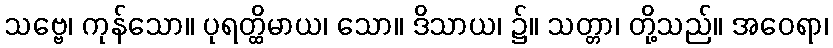
သဗ္ဗေ၊ ကုန်သော။ ပုရတ္ထိမာယ၊ သော။ ဒိသာယ၊ ၌။ သတ္တာ၊ တို့သည်။ အဝေရာ၊